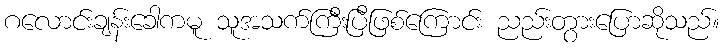
ဂလောင်းချန်းခေါကမူ သူအသက်ကြီးပြီဖြစ်ကြောင်း ညည်းတွားပြောဆိုသည်။